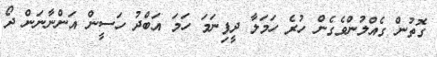
ގޮތުން ގެއްލުންވެގެން ހުރެ ހަމަލާ ދީފިނަމަ ހަމަ އަބްދު ހަސީން އަންނާނަން ދޯ